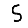
Digit: 5